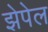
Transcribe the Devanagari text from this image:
झेपेल